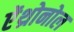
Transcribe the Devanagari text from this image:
ऐंथ्रोनोल